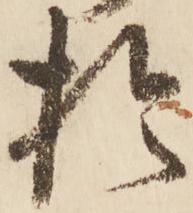
於